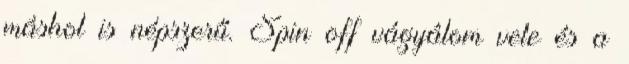
máshol is népszerű. Spin off vágyálom vele és a